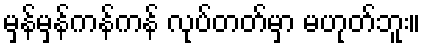
မှန်မှန်ကန်ကန် လုပ်တတ်မှာ မဟုတ်ဘူး။